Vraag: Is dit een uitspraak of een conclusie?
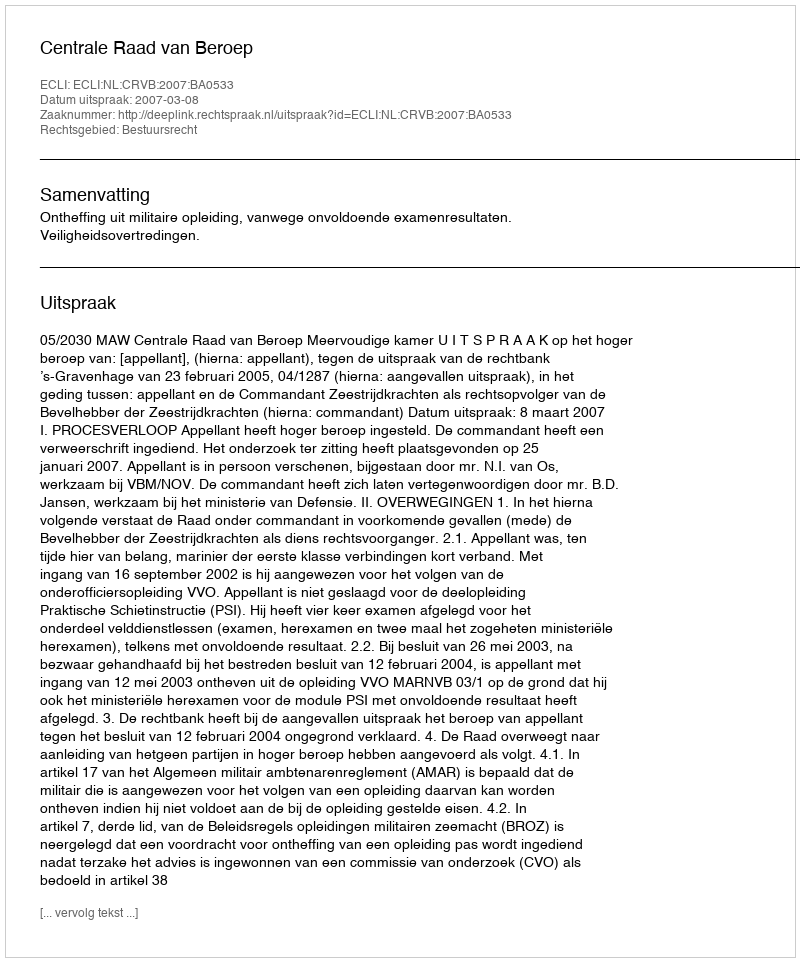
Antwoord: Uitspraak